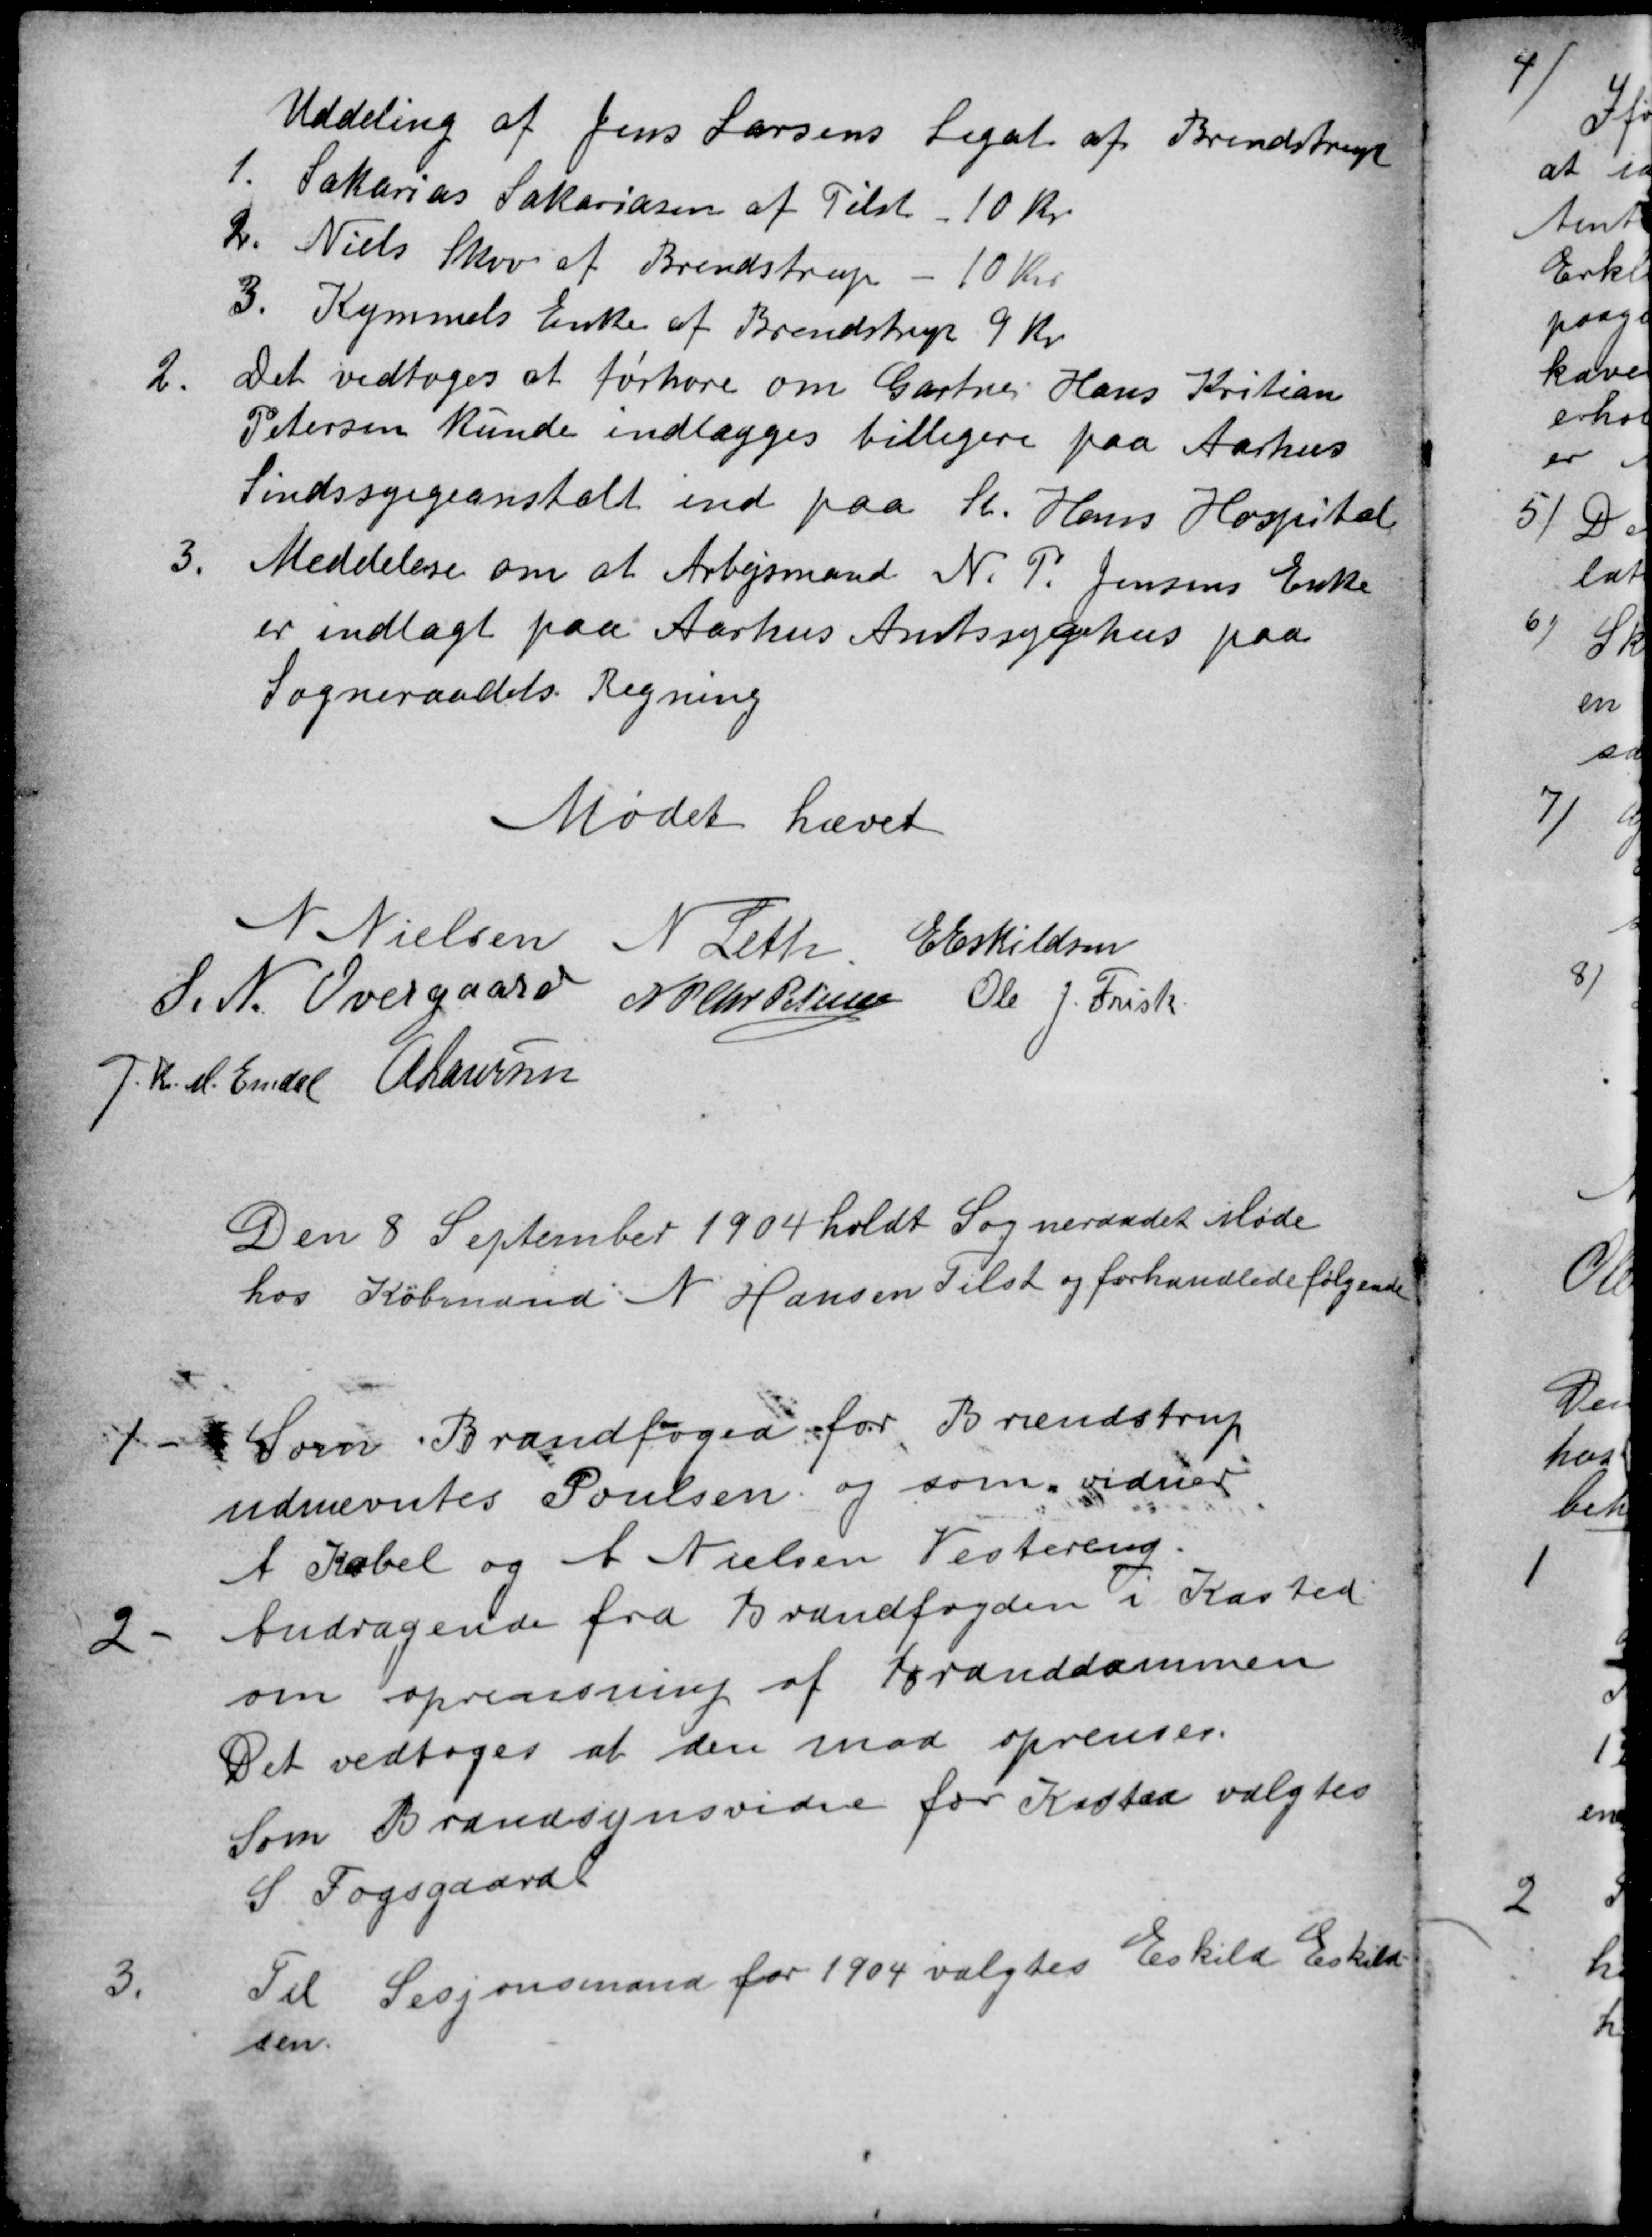
Transskription:
Uddeling af Jens Larsens Legat af Brendstrup
1. Sakarias Sakariasen af Tilst - 10 Kr.
2. Niels Skov af Brendstrup - 10 Kr.
3. Kymmels Enke af Brendstrup 9 Kr.
2.
Det vedtoges at forhøre om Gartner Hans Kristian
Petersen kunde indlægges billigere paa Aarhus
Sindssygeanstalt end paa St. Hans Hospital
3.
Meddelelse om at Arbejsmand N. P. Jensens Enke
er indlagt paa Aarhus Amtssygehus paa
Sogneraadets Regning
Mødet hævet
N Nielsen
N Leth
E Eskildsen
S. N. Overgaard
N P Chr Petersen
Ole J. Frisk
J. Kr. M. Emdal A Laursen
Den 8 September 1904 holdt Sogneraadet Møde
hos Købmand N Hansen Tilst og forhandlede følgende
1
Som Brandfoged for Brendstrup
udnævntes Poulsen og som vidner
A Kabel og A Nielsen Vestereng.
2
Andragende fra Brandfogden i Kasted
om oprensning af Branddammen
Det vedtoges at den maa oprenses.
Som Brandsynsvidne for Kasted valgtes
S. Fogsgaard
3
Til Sesjonsmand for 1904 valgtes Eskild Eskild-
sen.